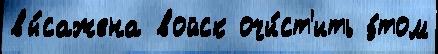
вы́сажена войск очи́ст'ить э́том